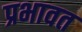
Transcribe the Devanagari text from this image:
प्रभावत